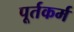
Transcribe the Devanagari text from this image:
पूर्तकर्म